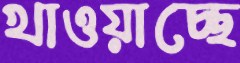
খাওয়াচ্ছে